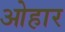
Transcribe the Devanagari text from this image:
ओहार